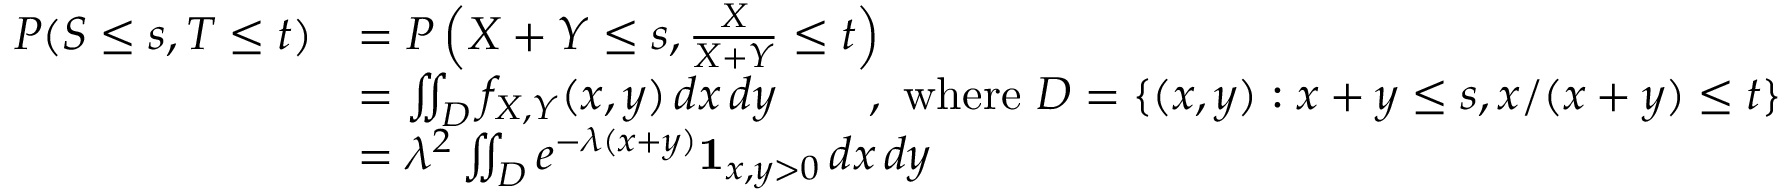
\begin{array} { r l } { P ( S \le s , T \le t ) } & { = P \left( X + Y \le s , \frac { X } { X + Y } \le t \right) } \\ & { = \iint _ { D } f _ { X , Y } ( x , y ) \, d x \, d y \quad \quad , \mathrm { ~ w h e r e ~ } D = \{ ( x , y ) : x + y \le s , x / ( x + y ) \le t \} } \\ & { = \lambda ^ { 2 } \iint _ { D } e ^ { - \lambda ( x + y ) } \mathbf 1 _ { x , y > 0 } \, d x \, d y } \end{array}